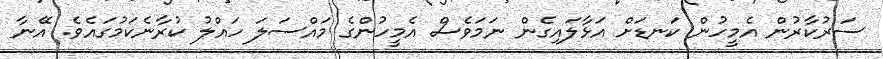
ސަރުކާރުން އެމީހުން ކަނޑަށް އަޅާލައިގެން ނަމަވެސް އެމީހުންގެ މައްސަލަ ހައްލު ކުރާނެކަމުގައެވެ. އޭނާ